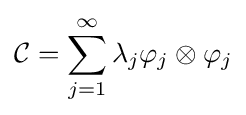
{\mathcal {C}}=\sum _{j=1}^{\infty }\lambda _{j}\varphi _{j}\otimes \varphi _{j}